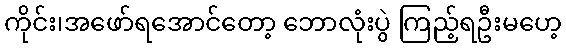
ကိုင်း၊အဖော်ရအောင်တော့ ဘောလုံးပွဲ ကြည့်ရဦးမဟေ့